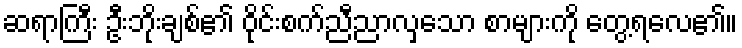
ဆရာကြီး ဦးဘိုးချစ်၏ ဝိုင်းစက်ညီညာလှသော စာများကို တွေ့ရလေ၏။